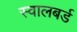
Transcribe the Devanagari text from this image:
स्वालबर्ड